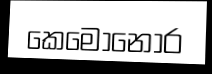
කෙමොනොර